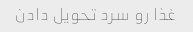
غذا رو سرد تحویل دادن